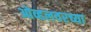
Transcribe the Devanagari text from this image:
ओव्हलवरच्या